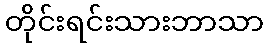
တိုင်းရင်းသားဘာသာ